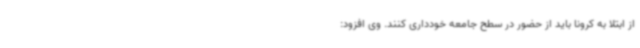
از ابتلا به کرونا باید از حضور در سطح جامعه خودداری کنند. وی افزود: